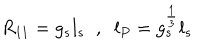
LaTeX: R _ { 1 1 } = g _ { s } l _ { s } \; \; , \; \; l _ { P } = g _ { s } ^ { \frac { 1 } { 3 } } l _ { s }